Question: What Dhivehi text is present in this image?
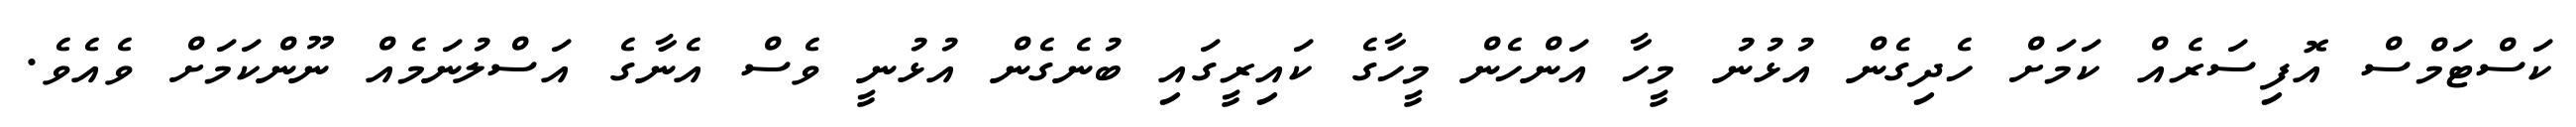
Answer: ކަސްޓަމްސް އޮފިސަރެއް ކަމަށް ހެދިގެން އުޅުނު މީހާ އަންހެން މީހާގެ ކައިރީގައި ބުނެގެން އުޅުނީ ވެސް އެނާގެ އަސްލުނަމެއް ނޫންކަމަށް ވެއެވެ.